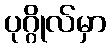
ပုဂ္ဂိုလ်မှာ